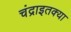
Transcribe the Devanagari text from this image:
चंद्राइतक्या